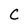
Character: C